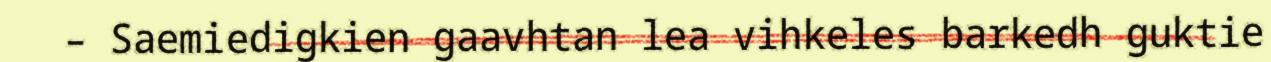
– Saemiedigkien gaavhtan lea vihkeles barkedh guktie